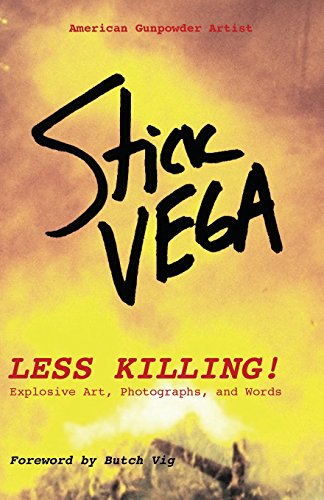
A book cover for Less Killing!: Explosive Art, Photographs, and Words; Stick Vega; Arts & Photography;